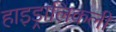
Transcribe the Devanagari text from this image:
हाइड्रालिकली